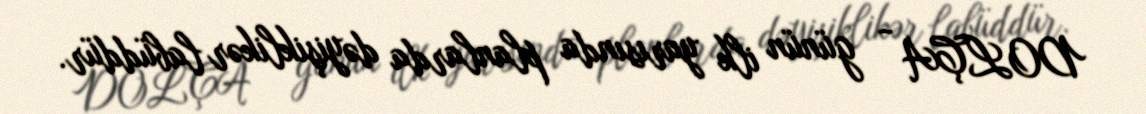
DOLÇA - günün ilk yarısında planlarda dəyişiklikər labüddür.